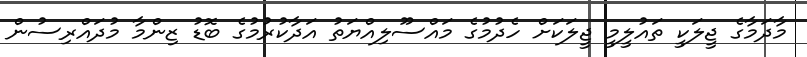
މާދަމާގެ ޖީލަކީ ތައުލީމީ ޖީލަކަށް ހެދުމުގެ މައްސޫލިއްޔަތު އަދާކުރުމުގެ ބޮޑު ޒިންމާ މުދައްރިސުން